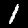
Label: 1